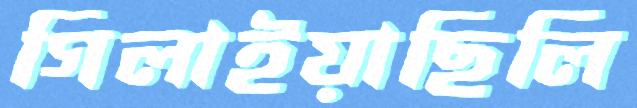
গিলাইয়াছিলি